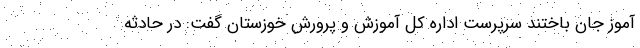
آموز جان باختند سرپرست اداره کل آموزش و پرورش خوزستان گفت: در حادثه